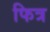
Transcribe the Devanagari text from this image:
फित्र